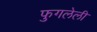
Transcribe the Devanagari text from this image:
फुगलेली